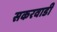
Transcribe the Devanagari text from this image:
सकरवाडी